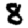
Digit: 8